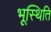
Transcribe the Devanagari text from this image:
भूस्थिति